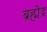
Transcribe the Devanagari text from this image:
ब्रह्मेंद्र